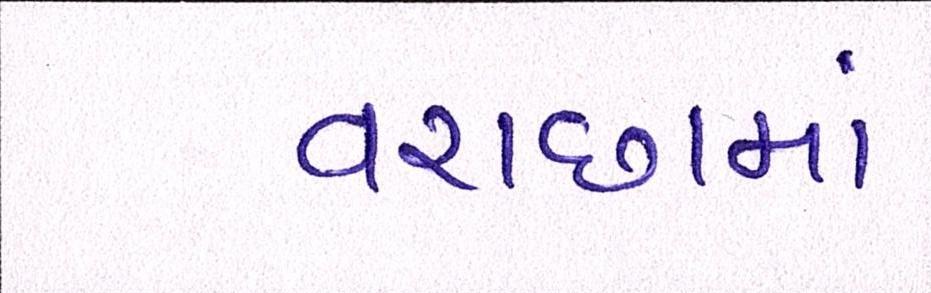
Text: વરાછામાં